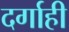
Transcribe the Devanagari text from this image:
दर्गाही